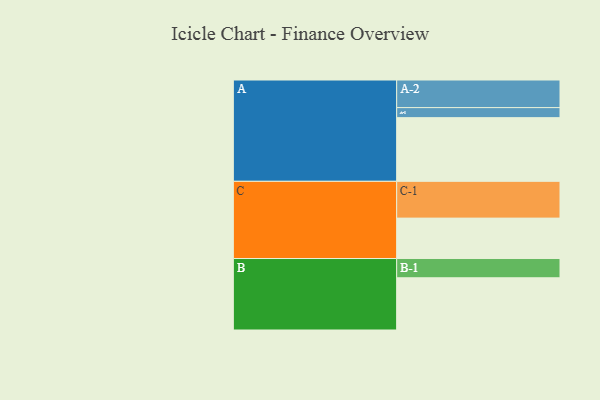
{"axis": {"x": "Segment", "y": "Value"}, "legend": ["", "A", "B", "C"], "data": [{"x": "A", "y": 512, "type": ""}, {"x": "B", "y": 420, "type": ""}, {"x": "C", "y": 325, "type": ""}, {"x": "A-1", "y": 81, "type": "A"}, {"x": "A-2", "y": 222, "type": "A"}, {"x": "B-1", "y": 155, "type": "B"}, {"x": "C-1", "y": 296, "type": "C"}]}